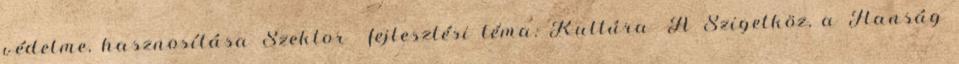
védelme, hasznosítása Szektor fejlesztési téma: Kultúra ▪A Szigetköz, a Hanság